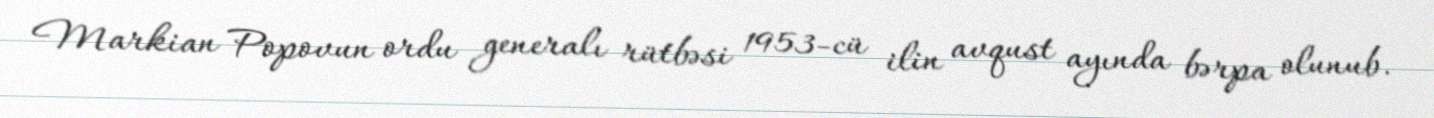
Markian Popovun ordu generalı rütbəsi 1953-cü ilin avqust ayında bərpa olunub.